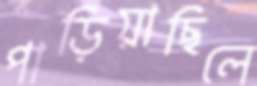
পাড়িয়াছিলে